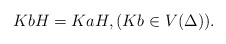
\begin{align*}KbH = KaH,(Kb \in V(\Delta)).\end{align*}